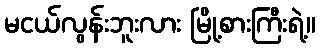
မငယ်လွန်းဘူးလား မြို့စားကြီးရဲ့။